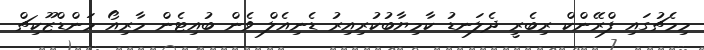
މިމެޗުގައި ފްރޭންކް ރިބެރީ ދެލަނޑު ކާމިޔާބުކުރިއިރު ޑެނިއެލް ވެން ބުއިޓެން މާރިއޯ މަންޑްޒޫކިޗް